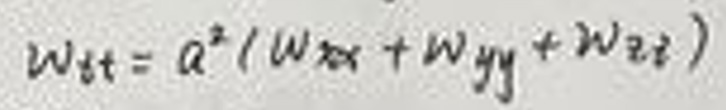
\[
w_{tt}=a^{2}(w_{xx}+w_{yy}+w_{zz})
\]